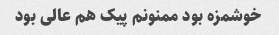
خوشمزه بود ممنونم پیک هم عالی بود